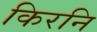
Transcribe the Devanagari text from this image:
किरनि